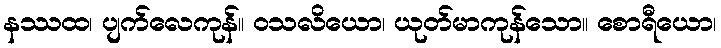
နဿထ၊ ပျက်လေကုန်။ ဝသလိယော၊ ယုတ်မာကုန်သော။ စောရီယော၊